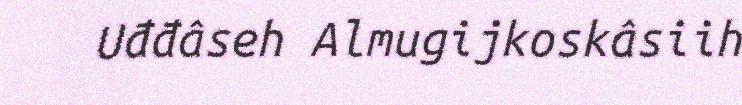
Uđđâseh Almugijkoskâsiih